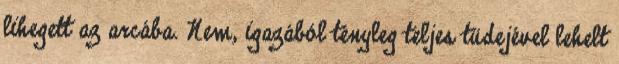
lihegett az arcába. Nem, igazából tényleg teljes tüdejével lehelt